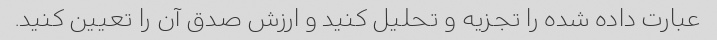
عبارت داده شده را تجزیه و تحلیل کنید و ارزش صدق آن را تعیین کنید.